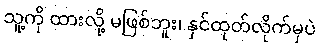
သူ့ကို ထားလို့ မဖြစ်ဘူး၊ နှင်ထုတ်လိုက်မှပဲ